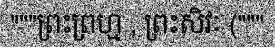
"""ព្រះព្រហ្ម , ព្រះសិវៈ ("""